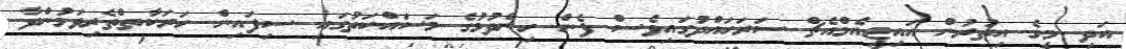
އަދި މީގެ އިތުރުން އައިޖީއެމްއެޗް ސަރަހައްދުގައިވެސް ފެން ހިންދުމުގެ މަސައްކަތުގައި ސިފައިން ހަރަކާތްތެރިވަމުންދާ